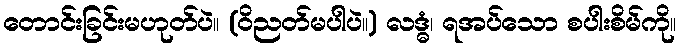
တောင်းခြင်းမဟုတ်ပဲ။ (ဝိညတ်မပါပဲ။) လဒ္ဓံ၊ ရအပ်သော စပါးစိမ်ကို။